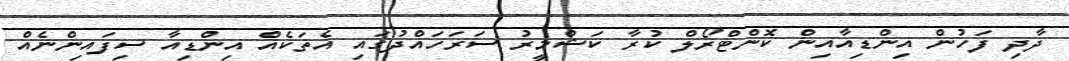
ދާދި ފަހުން އިންޑިއާއިން ކޮންޓްރޯލް ކުރާ ކަޝްމީރު ސަރަހައްދުގައި އެތަކެއް އިންޑިއާ ސިފައިންނެއް